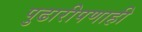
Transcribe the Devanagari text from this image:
पुढारीपणाही